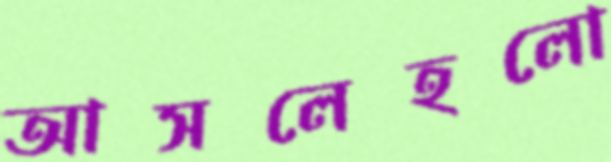
আসলেহলো